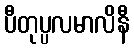
ပီတုပ္ပလမာလိနီ